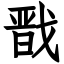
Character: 戬